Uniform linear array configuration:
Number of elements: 24
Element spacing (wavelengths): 1
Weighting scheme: binomial
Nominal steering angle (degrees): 15
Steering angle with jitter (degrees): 13.179
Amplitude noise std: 0.05
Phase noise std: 0.05

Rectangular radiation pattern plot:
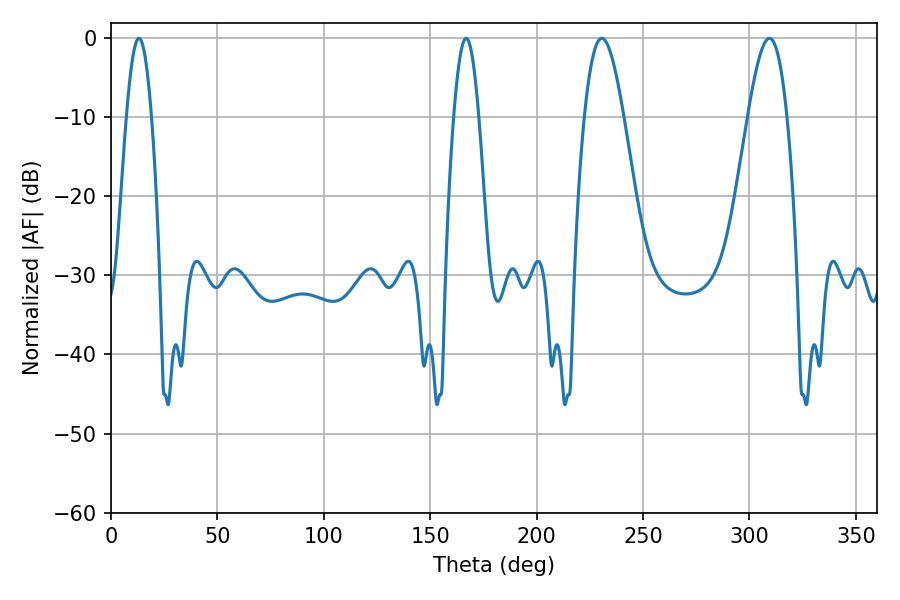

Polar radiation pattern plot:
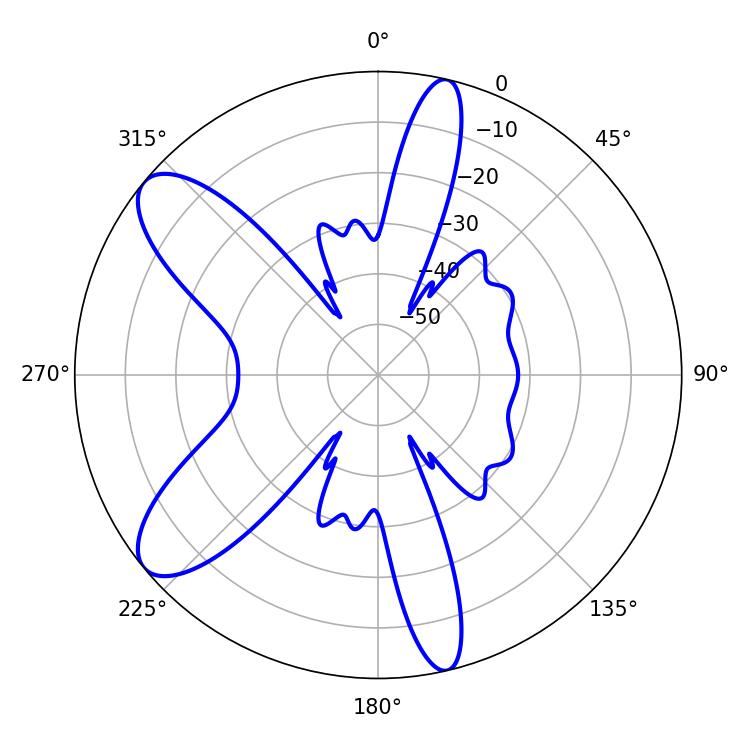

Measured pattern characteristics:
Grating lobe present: TRUE
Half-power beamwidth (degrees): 6.48
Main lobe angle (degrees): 13.14